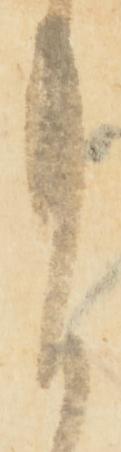
月